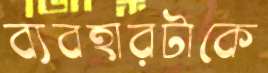
ব্যবহারটাকে